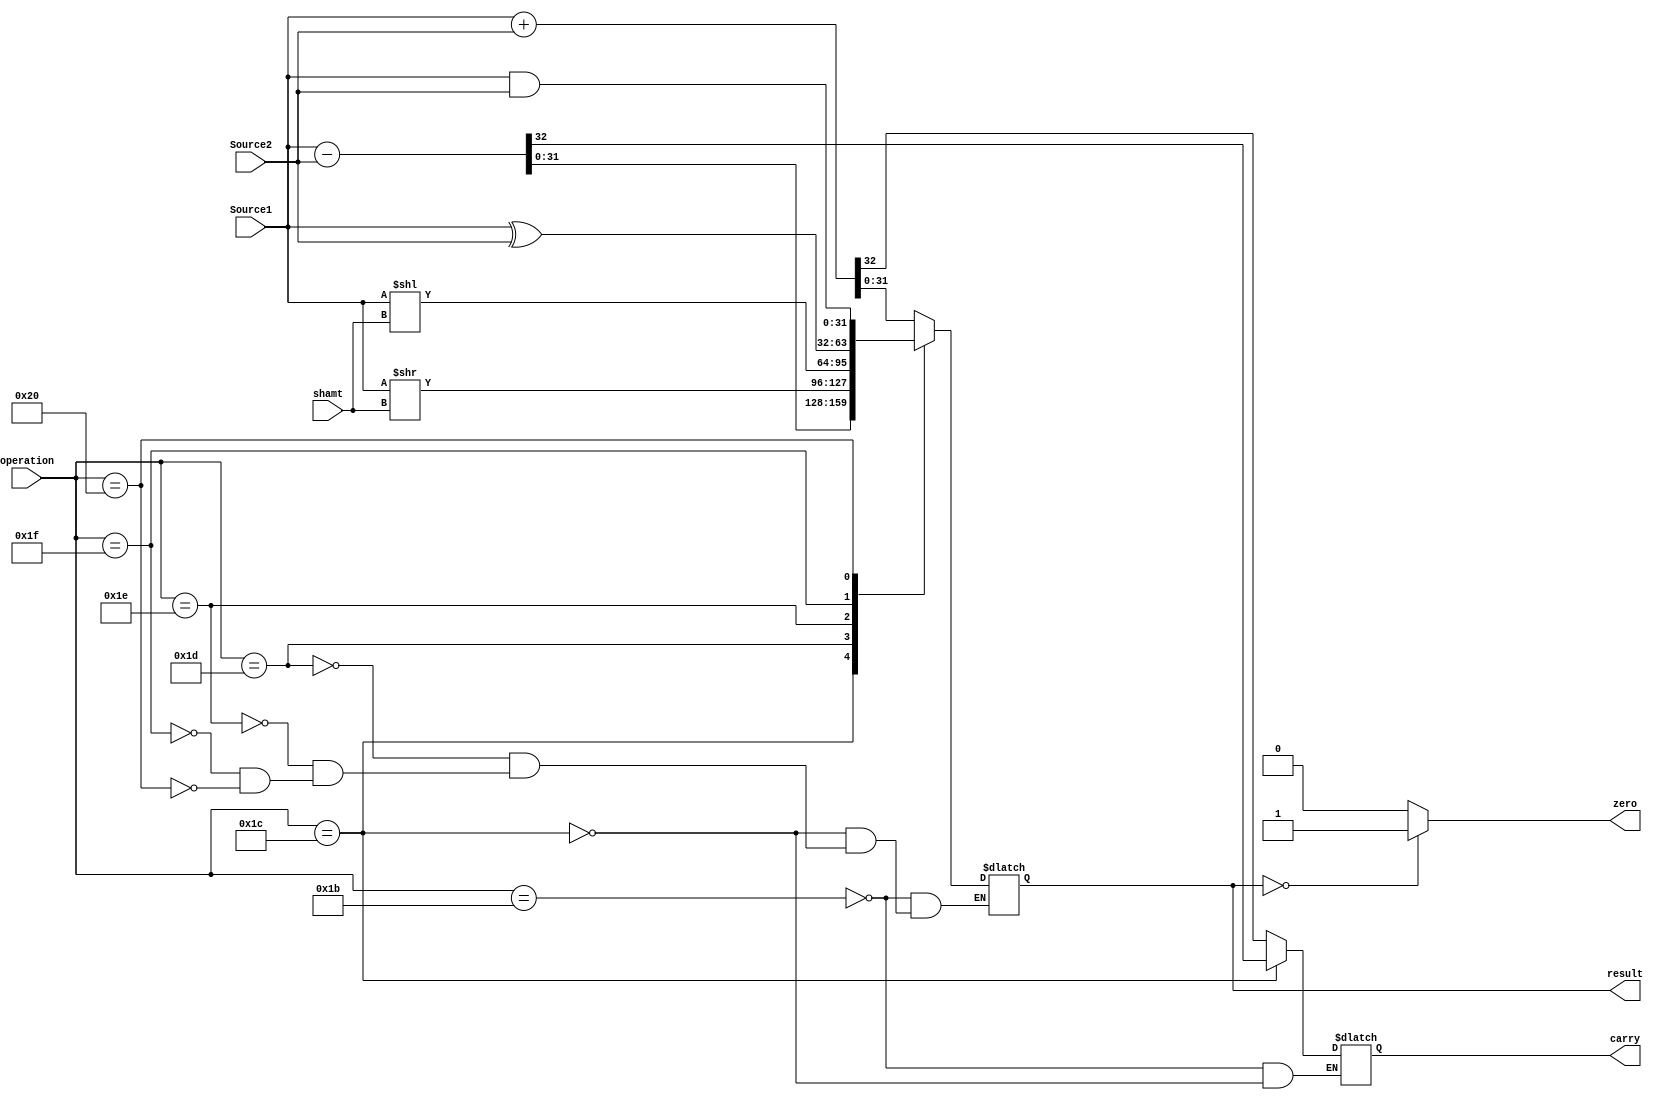
module ALU(
	input[31:0] Source1,
	input[31:0] Source2,
	input[5:0]operation,
	input[4:0]shamt,
	output reg[31:0]result,
	output zero,
	output reg carry
	);

initial begin

result=0;
carry=0;

end

assign zero=(result==0)?1:0;

always @(Source1,Source2,operation,shamt)begin

case(operation)
	6'd27:begin
		{carry,result}=Source1+Source2;
	end
	6'd28:begin
		{carry,result}=Source1-Source2;
	end
	6'd29:begin
		result=Source1>>shamt;
	end
	6'd30:begin
		result=Source1<<shamt;
	end
	6'd31:begin
		result=Source1^Source2;
	end
	6'd32:begin
		result=Source1&Source2;
	end

endcase
end



endmodule